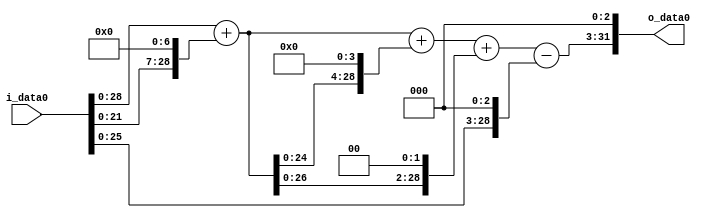
module multiplier_block_86 (
    i_data0,
    o_data0
);
  input   [31:0] i_data0;
  output  [31:0]
    o_data0;
  wire [31:0]
    w1,
    w128,
    w129,
    w2064,
    w2193,
    w516,
    w2709,
    w8,
    w2701,
    w21608;
  assign w1 = i_data0;
  assign w128 = w1 << 7;
  assign w129 = w1 + w128;
  assign w2064 = w129 << 4;
  assign w21608 = w2701 << 3;
  assign w2193 = w129 + w2064;
  assign w2701 = w2709 - w8;
  assign w2709 = w2193 + w516;
  assign w516 = w129 << 2;
  assign w8 = w1 << 3;
  assign o_data0 = w21608;
endmodule